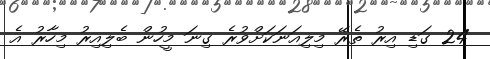
24 ގަޑި އިރު ތެރޭ މިލިއަނަކަށްވުރެ ގިނަ މީހުން ބެލިއިރު މިހާރު އެ